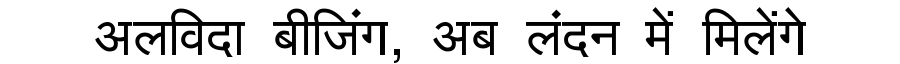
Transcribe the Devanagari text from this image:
अलविदा बीजिंग, अब लंदन में मिलेंगे